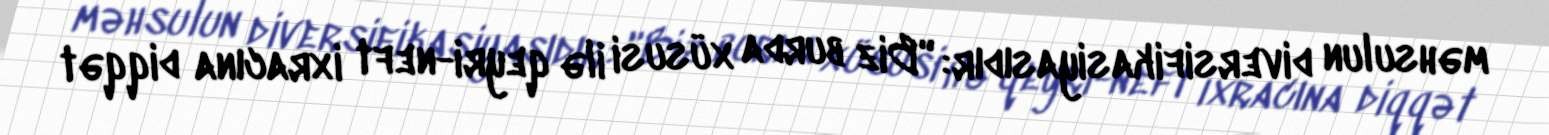
məhsulun diversifikasiyasıdır: "Biz burda xüsusi ilə qeyri-neft ixracına diqqət